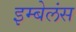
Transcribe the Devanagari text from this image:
इम्बेलंस